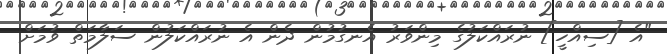
"އެ [ސިއްހީ] ނުރައްކަލުގެ މިންވަރު އެނގުމުން ދެން އެ ނުރައްކަލުން ސަލާމަތް ވުމަށް